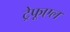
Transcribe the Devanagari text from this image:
ट्रेफूएल